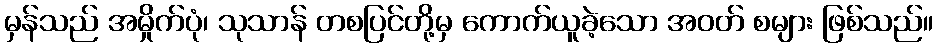
မှန်သည် အမှိုက်ပုံ၊ သုသာန် တစပြင်တို့မှ ကောက်ယူခဲ့သော အဝတ် စများ ဖြစ်သည်။